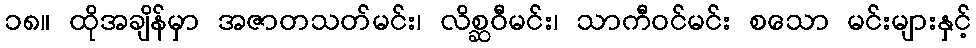
၁၈။ ထိုအချိန်မှာ အဇာတသတ်မင်း၊ လိစ္ဆဝီမင်း၊ သာကီဝင်မင်း စသော မင်းများနှင့်